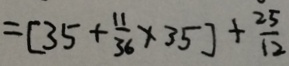
= [ 3 5 + \frac { 1 1 } { 3 6 } \times 3 5 ] + \frac { 2 5 } { 1 2 }